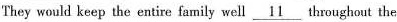
They would keep the entire family well \underline{11}throughout the